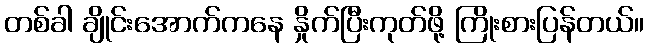
တစ်ခါ ချိုင်းအောက်ကနေ နှိုက်ပြီးကုတ်ဖို့ ကြိုးစားပြန်တယ်။